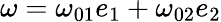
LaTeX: {\mathbf\omega}=\omega_{01}e_{1}+\omega_{02}e_{2}